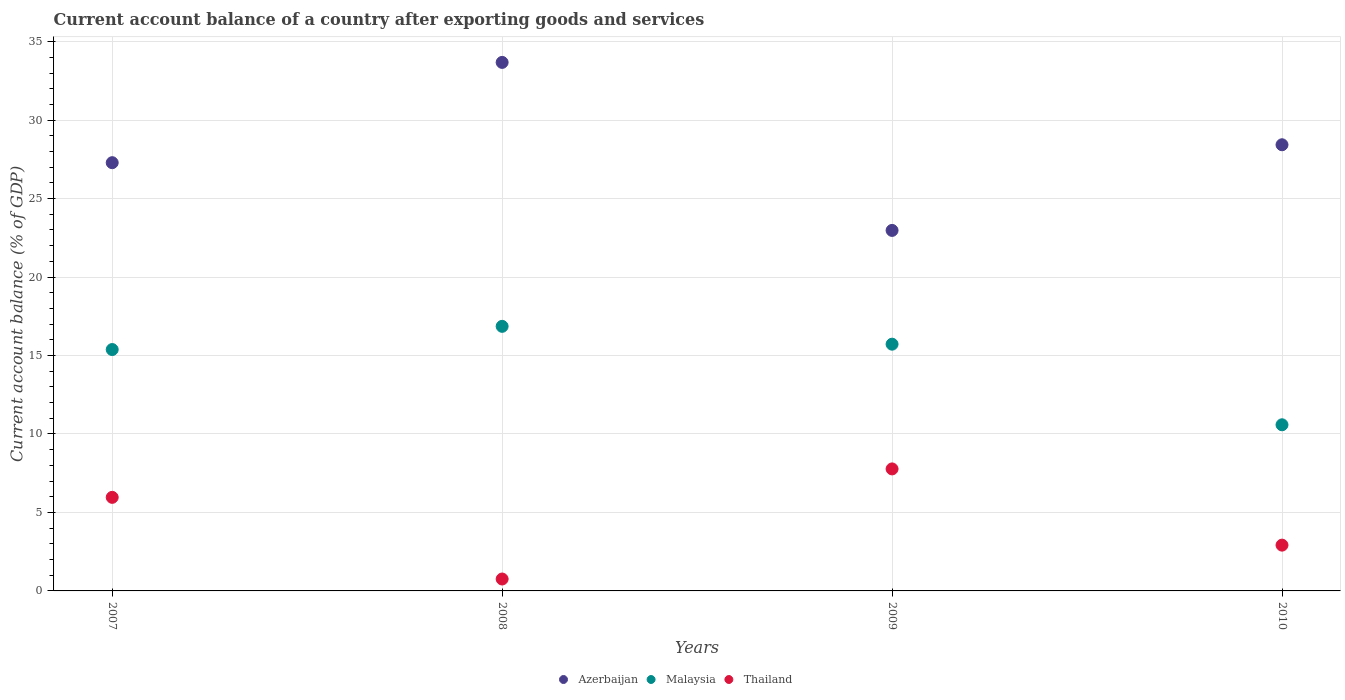
| Years | Azerbaijan | Malaysia | Thailand |
 | --- | --- | --- | --- |
 | 2007 | 27.3 | 15.4 | 5.96 |
 | 2008 | 33.7 | 16.9 | 0.759 |
 | 2009 | 23 | 15.7 | 7.77 |
 | 2010 | 28.4 | 10.6 | 2.92 |